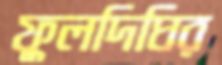
ফুলদিঘির